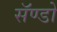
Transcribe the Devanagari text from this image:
सॅण्डो